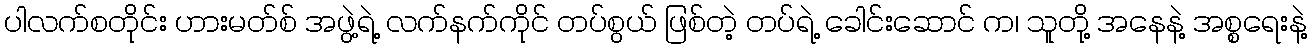
ပါလက်စတိုင်း ဟားမတ်စ် အဖွဲ့ရဲ့ လက်နက်ကိုင် တပ်စွယ် ဖြစ်တဲ့ တပ်ရဲ့ ခေါင်းဆောင် က၊ သူတို့ အနေနဲ့ အစ္စရေးနဲ့